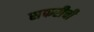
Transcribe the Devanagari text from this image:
सफरीची